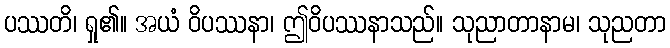
ပဿတိ၊ ရှု၏။ အယံ ဝိပဿနာ၊ ဤဝိပဿနာသည်။ သုညာတာနာမ၊ သုညတာ